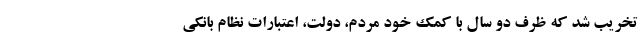
تخریب شد که ظرف دو سال با کمک خود مردم، دولت، اعتبارات نظام بانکی